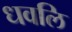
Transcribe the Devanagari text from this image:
धवलि